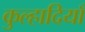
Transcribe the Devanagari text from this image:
कुल्हादियाँ